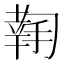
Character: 𢱬